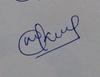
Signature authenticity: genuine